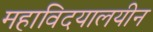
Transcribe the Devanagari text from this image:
महाविदयालयीन